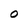
Character: O